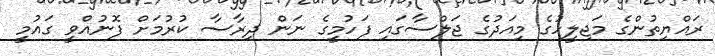
ރައްޔިތުންގެ މަޖިލީހުގެ މިއަދުގެ ޖަލްސާގައި ފަހުމީގެ ނަން ދިރާސާ ކުރުމަށް ފޮނުއްވީ ގައުމީ